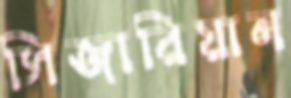
সিজারিয়ান